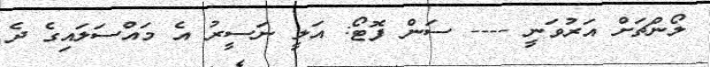
ލޯންޗަށް އަރުވަނީ ---- ސަން ފޮޓޯ: އަލީ ނަސީރު އެ މައްސަލައިގެ ދެ